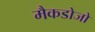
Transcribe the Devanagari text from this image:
मैकडोजो